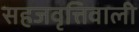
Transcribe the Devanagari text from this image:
सहजवृत्तिवाली